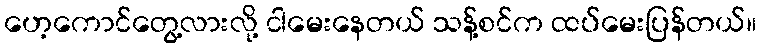
ဟေ့ကောင်တွေ့လားလို့ ငါမေးနေတယ် သန့်စင်က ထပ်မေးပြန်တယ်။